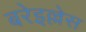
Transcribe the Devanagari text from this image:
बरेइल्लेस